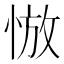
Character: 𰑮